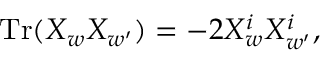
\mathrm { T r } ( X _ { w } X _ { w ^ { \prime } } ) = - 2 X _ { w } ^ { i } X _ { w ^ { \prime } } ^ { i } ,